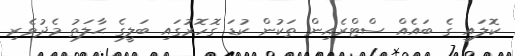
ކޮލައި ގެ ބައެއް ސްޓްރެއިން ތަކުން ކުޑަ ގޮހޮރުގައި ބަލީގެ ޙާލަތު މެދުވެރި